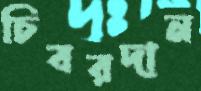
চিবরদান